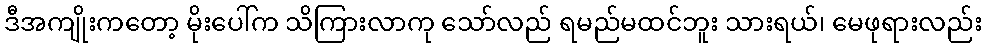
ဒီအကျိုးကတော့ မိုးပေါ်က သိကြားလာကု သော်လည် ရမည်မထင်ဘူး သားရယ်၊ မေဖုရားလည်း